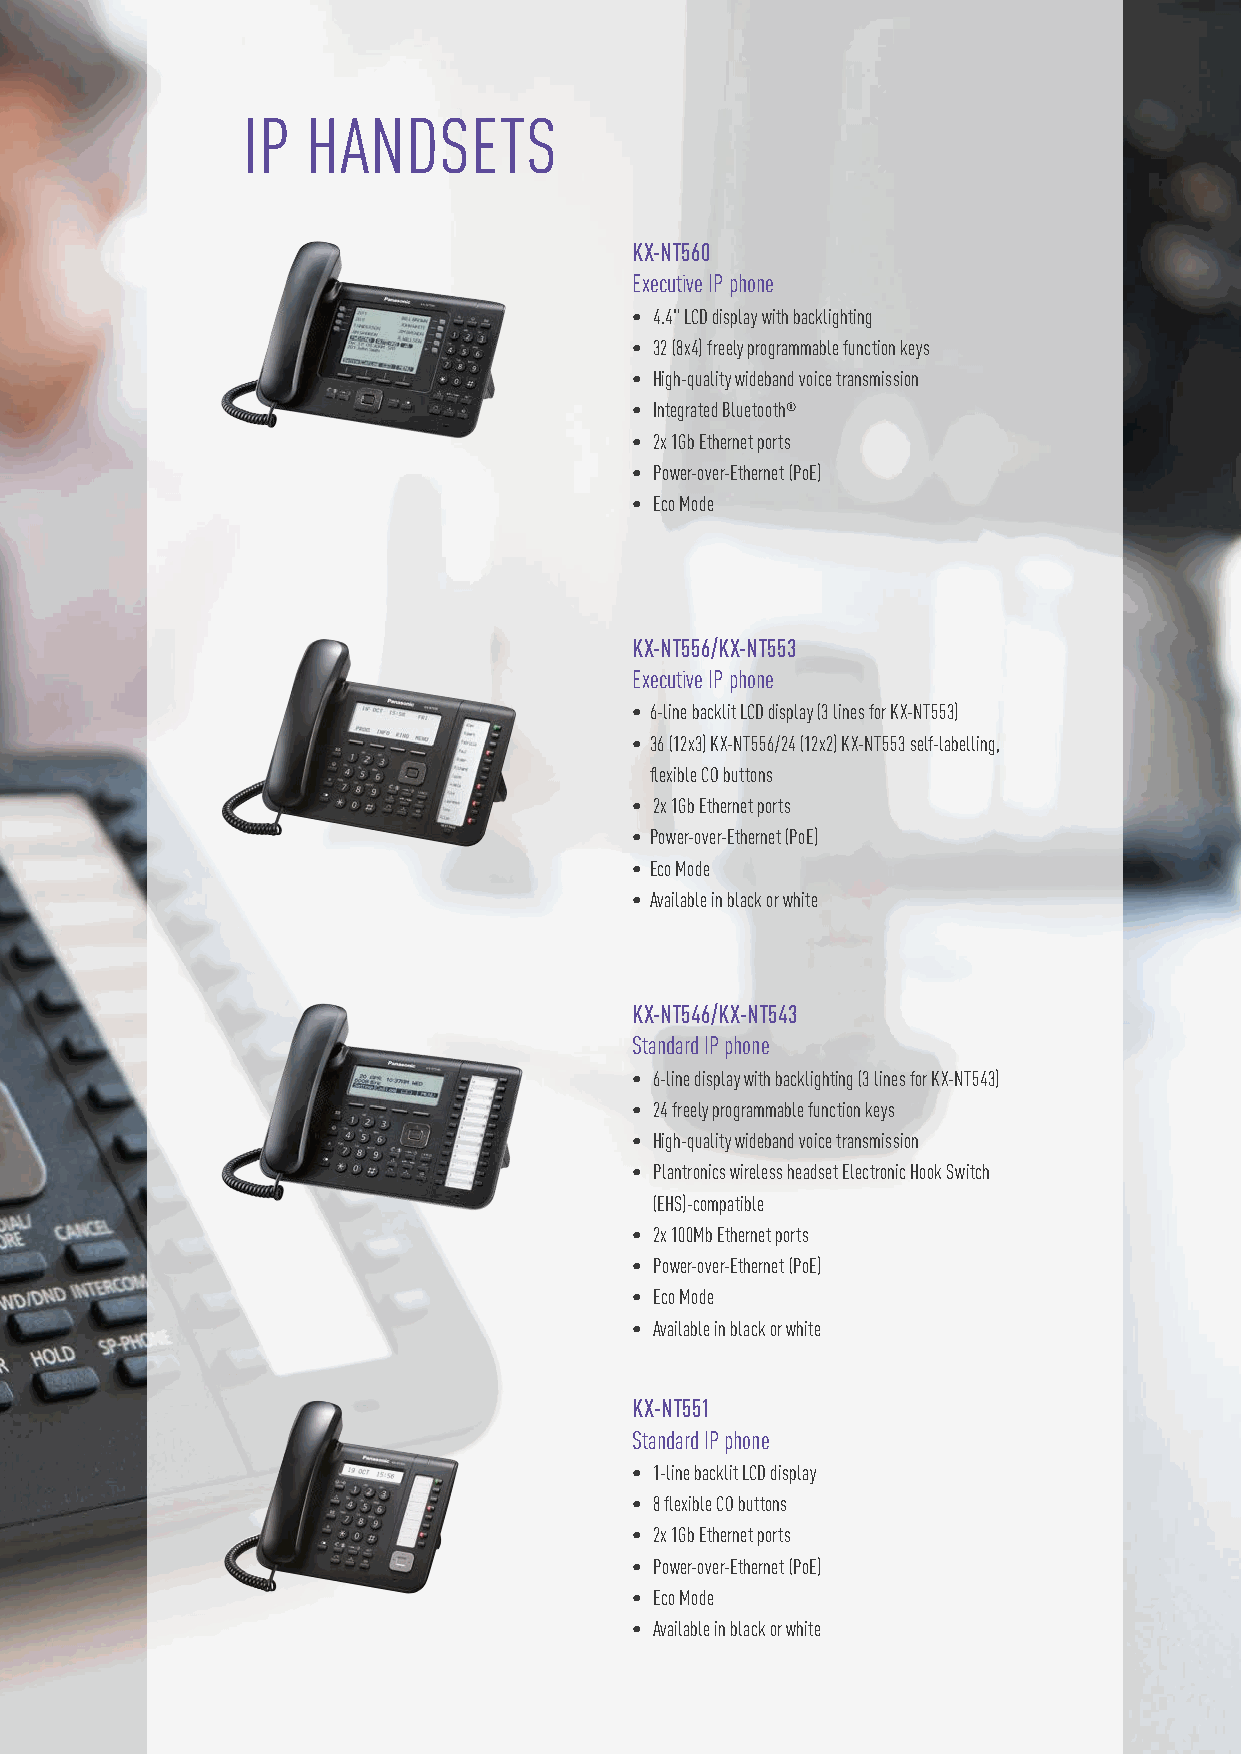
IP  HANDSETS
 KX-NT560
 Executive IP phone
 • 4.4" LCD display with backlighting
 • 32 (8x4) freely programmable function keys
 • High-quality wideband voice transmission
 • Integrated Bluetooth®
 • 2x 1Gb Ethernet ports
 • Power-over-Ethernet (PoE)
 • Eco Mode
 KX-NT556/KX-NT553
 Executive IP phone
 • 6 -line backlit LCD display (3 lines for KX-NT553)
 • 3 6 (12x3) KX-NT556/24 (12x2) KX-NT553 self-labelling,
 flexible CO buttons
 • 2x 1Gb Ethernet ports
 • Power-over-Ethernet (PoE)
 • Eco Mode
 • Available in black or white
 KX-NT546/KX-NT543
 Standard IP phone
 • 6-line display with backlighting (3 lines for KX-NT543)
 • 24 freely programmable function keys
 • High-quality wideband voice transmission
 • Plantronics wireless headset Electronic Hook Switch
 (EHS)-compatible
 • 2x 100Mb Ethernet ports
 • Power-over-Ethernet (PoE)
 • Eco Mode
 • Available in black or white
 KX-NT551
 Standard IP phone
 • 1-line backlit LCD display
 • 8 flexible CO buttons
 • 2x 1Gb Ethernet ports
 • Power-over-Ethernet (PoE)
 • Eco Mode
 • Available in black or white